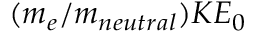
( m _ { e } / m _ { n e u t r a l } ) K E _ { 0 }